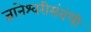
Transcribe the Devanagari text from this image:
ज्ञानेश्वरीसंबंधी